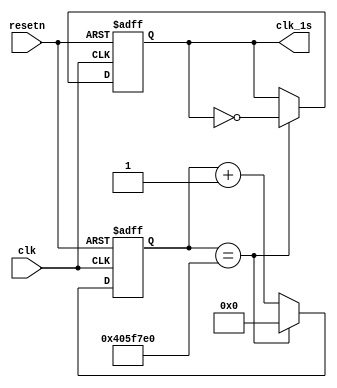
`timescale 1ns / 1ps
//////////////////////////////////////////////////////////////////////////////////
// Company: 
// Engineer: 
// 
// Design Name: 
// Module Name: clk_1s_generator
// Project Name: 
// Target Devices: 
// Tool Versions: 
// Description: 
// 
// Dependencies: 
// 
// Revision:
// Revision 0.01 - File Created
// Additional Comments:
// 
//////////////////////////////////////////////////////////////////////////////////

// Generating 1Hz Clk Signal
module clk_1s_generator (
    input wire clk,
    input wire resetn,
    output reg clk_1s
    );
    
    reg [31:0] cnt;
    
    always @(negedge resetn or posedge clk) begin
        if ( !resetn ) begin
            clk_1s <= 0;
            cnt <= 0;
        end
        else begin
            if ( cnt == 32'd67_500_000) begin
                cnt <= 0;
                clk_1s = ~clk_1s;
            end
            else
                cnt <= cnt + 1;
        end
    end
    
endmodule